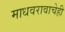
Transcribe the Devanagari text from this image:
माधवरावाचेही